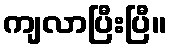
ကျလာပြီးပြီ။